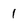
Character: 1